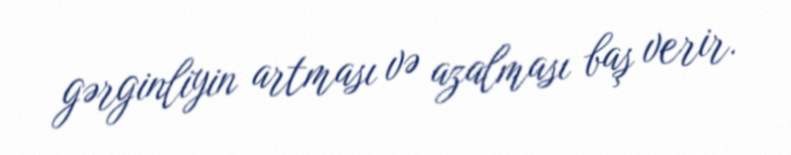
gərginliyin artması və azalması baş verir.